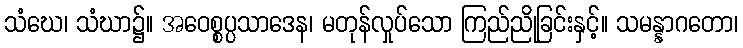
သံဃေ၊ သံဃာ၌။ အဝေစ္စပ္ပသာဒေန၊ မတုန်လှုပ်သော ကြည်ညိုခြင်းနှင့်။ သမန္နာဂတော၊